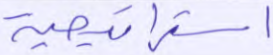
استراتجية